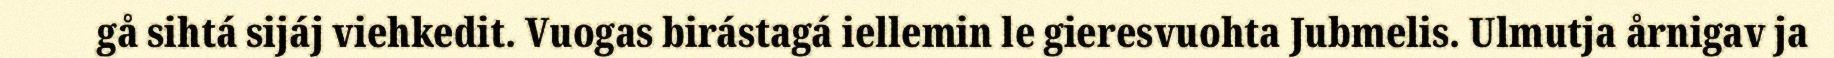
gå sihtá sijáj viehkedit. Vuogas birástagá iellemin le gieresvuohta Jubmelis. Ulmutja årnigav ja